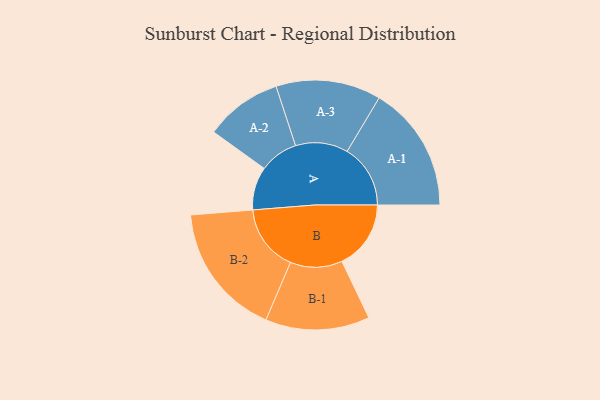
{"axis": {"x": "Segment", "y": "Value"}, "legend": ["", "A", "B"], "data": [{"x": "A", "y": 189, "type": ""}, {"x": "B", "y": 302, "type": ""}, {"x": "A-1", "y": 277, "type": "A"}, {"x": "A-2", "y": 169, "type": "A"}, {"x": "A-3", "y": 230, "type": "A"}, {"x": "B-1", "y": 228, "type": "B"}, {"x": "B-2", "y": 292, "type": "B"}]}